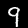
Label: 9